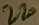
Text: 220